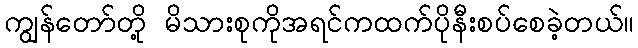
ကျွန်တော်တို့ မိသားစုကိုအရင်ကထက်ပိုနီးစပ်စေခဲ့တယ်။